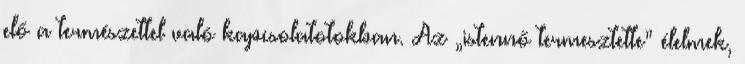
elő a természettel való kapcsolatotokban. Az „istennő termesztette” élelmek,